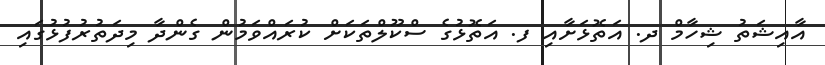
އާއިޝަތު ޝިހާމް ދ. އަތޮޅަށާއި ފ. އަތޮޅުގެ ސްކޫލްތަކަށް ކުރައްވަމުން ގެންދާ މިދަތުރުފުޅުގައި